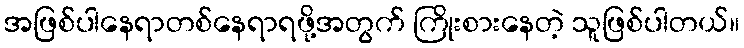
အဖြစ်ပါနေရာတစ်နေရာရဖို့အတွက် ကြိုးစားနေတဲ့ သူဖြစ်ပါတယ်။